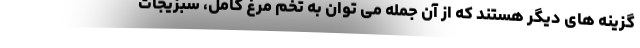
گزینه های دیگر هستند که از آن جمله می توان به تخم مرغ کامل، سبزیجات